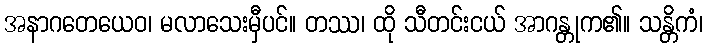
အနာဂတေယေဝ၊ မလာသေးမှီပင်။ တဿ၊ ထို သီတင်းငယ် အာဂန္တုက၏။ သန္တိကံ၊